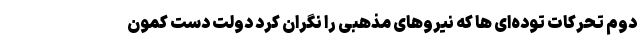
دوم تحرکات توده‌ای ها که نیروهای مذهبی را نگران کرد دولت دست کمون